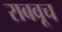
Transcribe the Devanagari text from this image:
राबवूच